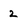
Character: 2